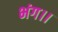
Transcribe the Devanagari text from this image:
भंग।।